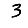
Digit: 3